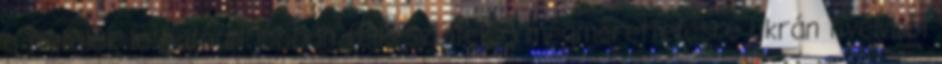
a fiatalok láthatóan jobban felkészültek a megmérettetésre ukrán nyelvből